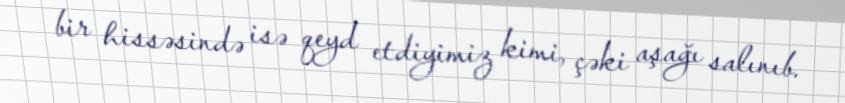
bir hissəsində isə qeyd etdiyimiz kimi, çəki aşağı salınıb.